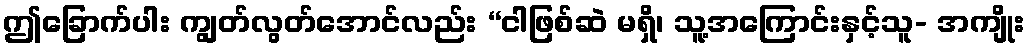
ဤခြောက်ပါး ကျွတ်လွတ်အောင်လည်း “ငါဖြစ်ဆဲ မရှိ၊ သူ့အကြောင်းနှင့်သူ- အကျိုး